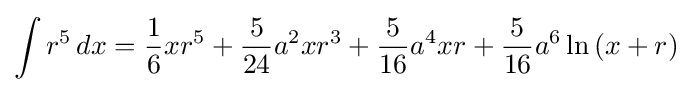
\int r^{5}\,dx={\frac {1}{6}}xr^{5}+{\frac {5}{24}}a^{2}xr^{3}+{\frac {5}{16}}a^{4}xr+{\frac {5}{16}}a^{6}\ln \left(x+r\right)